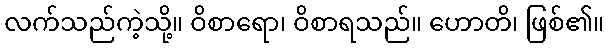
လက်သည်ကဲ့သို့။ ဝိစာရော၊ ဝိစာရသည်။ ဟောတိ၊ ဖြစ်၏။